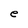
Character: e